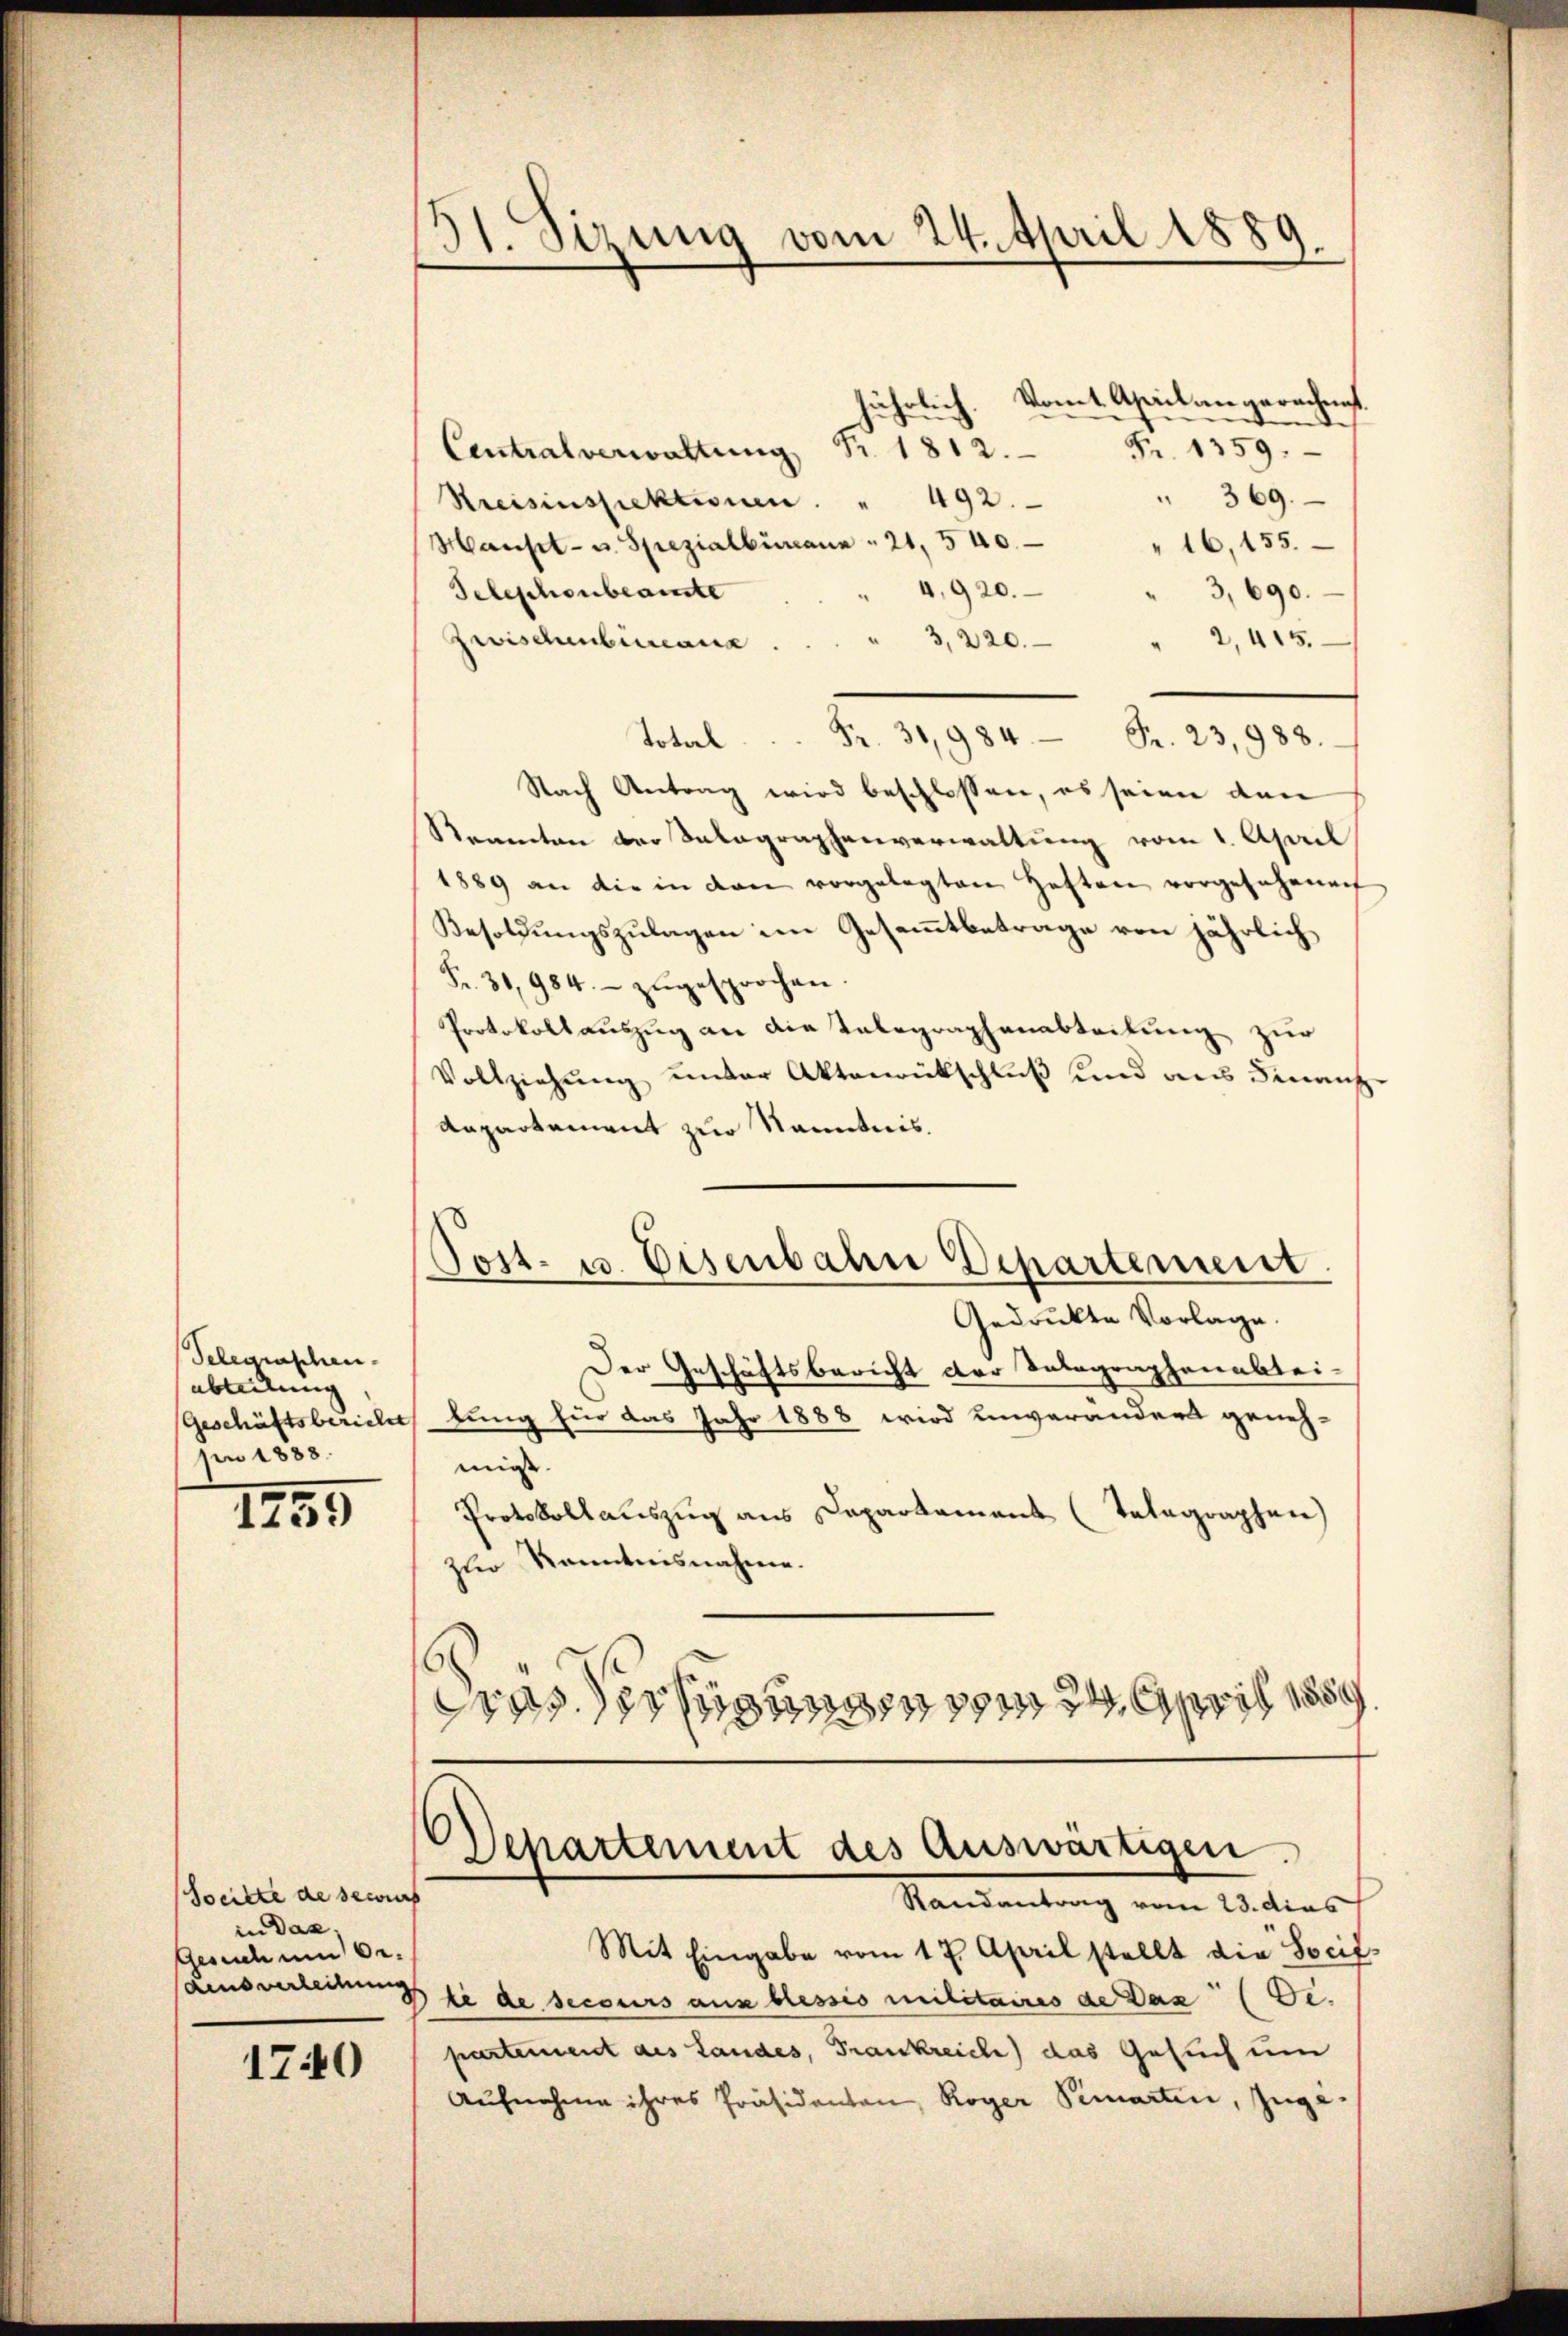
Telegraphen.
abteilung |
pn 1838.

1755

Soeitte de secours
in das,
Gesuch um de
Aius verleitung

1740

)
Fr. Stzung vom 24. April 1889

jährlich. Vom April angerechnis.
Centralverwaltŭng Nr. 1812 S. 1359.
 369.
Rreisinspektionen. " 492.
Hanset- u. Spezialbüreau " 21, 540.
16,155.
4,920.
3,690.
Telephonbeamte
2,415.
3, 220.
Frischenbüreau
 Fr. 3984 Fr. 23, 988.
Nach Antrag wird beschlossen, es seien den
Kamenton bei Salagraphenverwaltung vom 1. April
1889 an die in den vorgelegten Haften vorgefahrnah
Besoldungszulagen im Gesammtbetrage von jährlich
Fr. 31, 984.- zŭgesprochen.
Protokollauszug an die Telegraphenabteilung zur
Vollziehŭng unter Aktenrückschluß und der Finanz-
Anpartement zur Kenntnis.
Post- u. Eisenbahn Departement
Gedrückte Vorlage.
Der Geschäftsbericht der Telegraphenabtei-
Geschäftsbericht, lung für das Jahr 1888 wird unverändert geneh-
mit.
Protokollauszug aus Departament (Telegraphen
zler Kenntnisnahme.
wasserungen vom 2. April 185

6)
Departement des Auswärtigen.
Randantrag vom 23. dies

Mit Eingabe vom 17. April stellt die Socil
le de secours aus blessis militaires de das (de.
partement des Landes, Frankreich) das Gesuch um
Aufnahme ihres Präsidenten, Roger Pimarten, zuge¬